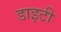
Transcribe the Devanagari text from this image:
डाइटी